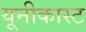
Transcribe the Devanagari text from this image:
यूनीकास्ट